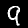
Digit: 9